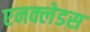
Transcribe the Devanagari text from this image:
एनक्लेडस